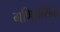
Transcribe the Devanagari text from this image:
गणितसिद्ध